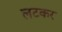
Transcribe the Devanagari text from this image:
लटकर